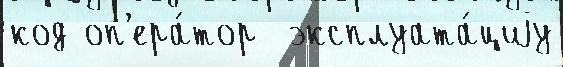
код оп'ера́тор  эксплуата́циjу